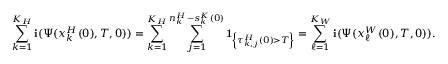
\sum _ { k = 1 } ^ { K _ { H } } \mathbf { i } ( \Psi ( x _ { k } ^ { H } ( 0 ) , T , 0 ) ) = \sum _ { k = 1 } ^ { K _ { H } } \sum _ { j = 1 } ^ { n _ { k } ^ { H } - s _ { k } ^ { K } ( 0 ) } \mathbf { 1 } _ { \left\{ \tau _ { k , j } ^ { H } ( 0 ) > T \right\} } = \sum _ { \ell = 1 } ^ { K _ { W } } \mathbf { i } ( \Psi ( x _ { \ell } ^ { W } ( 0 ) , T , 0 ) ) .